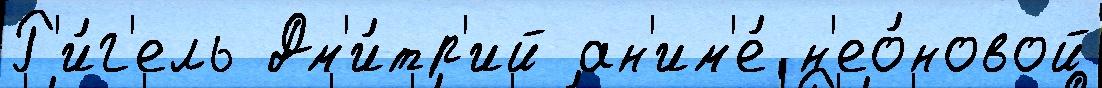
Р'и́г'ель Дм'и́тр'ий ан'им'е́ н'ео́новой